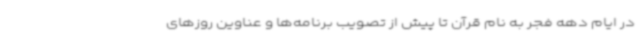
در ایام دهه فجر به نام قرآن تا پیش از تصویب برنامه‌ها و عناوین روزهای